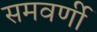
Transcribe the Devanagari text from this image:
समवर्णी